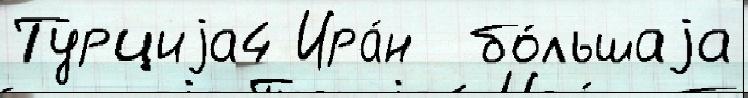
Турциjа4 Ира́н  бо́льшаjа